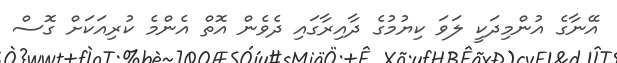
އޭނާގެ އުންމިދަކީ ލަވަ ކިޔުމުގެ ދާއިރާގައި ދެވެން އޮތް އެންމެ ކުރިއަކަށް ގޮސް